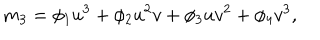
m _ { 3 } = \phi _ { 1 } u ^ { 3 } + \phi _ { 2 } u ^ { 2 } v + \phi _ { 3 } u v ^ { 2 } + \phi _ { 4 } v ^ { 3 } ,